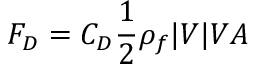
F _ { D } = C _ { D } \frac { 1 } { 2 } \rho _ { f } | V | V A